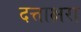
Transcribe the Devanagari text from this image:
दत्ताक्षरा